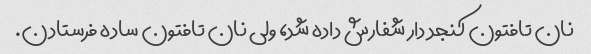
نان تافتون کنجد دار شفارش داده شد، ولی نان تافتون ساده فرستادن.